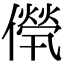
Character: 𠎽